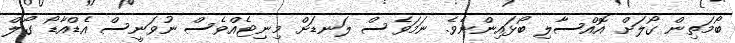
ބޯމަތިން ގޯލަށް އޮއްސާލި ބޯޅައިންނެވެ. ނަމަވެސް ލަނޑަށް މިނިޓެއްވެސް ނުވަނީސް އެޑްއާޑޯ ގޯލް